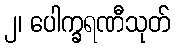
၂၊ ပေါက္ခရဏီသုတ်